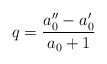
LaTeX: \begin{align*}q=\frac{a_{0}^{\prime\prime}-a_{0}^{\prime}}{a_{0}+1} \end{align*}